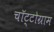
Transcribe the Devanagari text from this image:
चॉट्टोग्राम